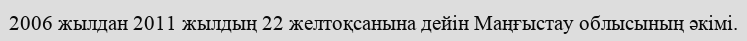
2006 жылдан 2011 жылдың 22 желтоқсанына дейін Маңғыстау облысының әкімі.